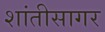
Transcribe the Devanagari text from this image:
शांतीसागर